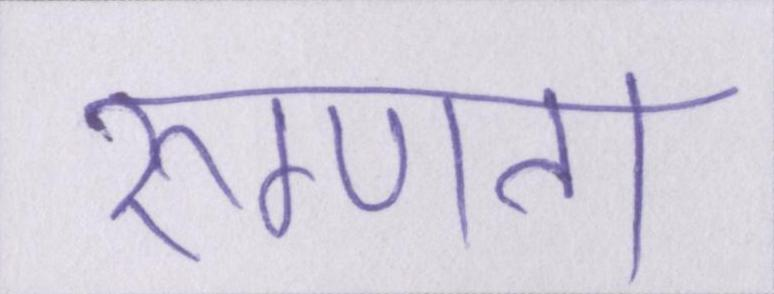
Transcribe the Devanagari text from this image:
रुग्णता